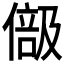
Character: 𠍭